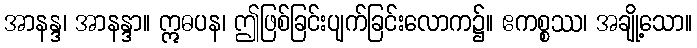
အာနန္ဒ၊ အာနန္ဒာ။ ဣဓပန၊ ဤဖြစ်ခြင်းပျက်ခြင်းလောက၌။ ဧကစ္စဿ၊ အချို့သော။